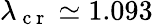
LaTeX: \lambda_{\mathrm{~c~r~}}\simeq 1.093